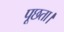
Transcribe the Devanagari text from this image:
पूछता।